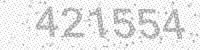
Solution: 421554